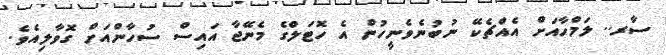
ސާރ.. ލަމްހާއަށް އެއްޗެކޭ ނުބުނެވެނީހުން އެ ހޮޓަލްގެ މެނޭޖާ އައިސް ސުހާންއަށް ގޮވާލިއެވެ.